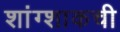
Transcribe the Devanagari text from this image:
शांग्शाकची